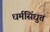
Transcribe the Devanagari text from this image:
धर्मसिंधुत